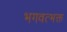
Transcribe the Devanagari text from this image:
भगवत्भक्त